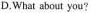
D.What about you?